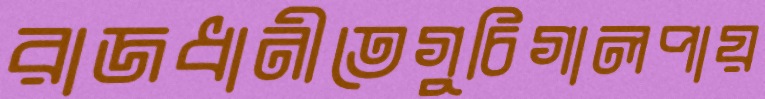
রাজধানীতেগুচিগালপায়